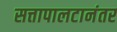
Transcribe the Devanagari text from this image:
सत्तापालटानंतर